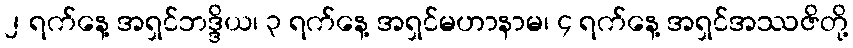
၂ ရက်နေ့ အရှင်ဘဒ္ဒိယ၊ ၃ ရက်နေ့ အရှင်မဟာနာမ၊ ၄ ရက်နေ့ အရှင်အဿဇိတို့